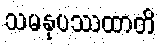
သမနုပဿထာတိ